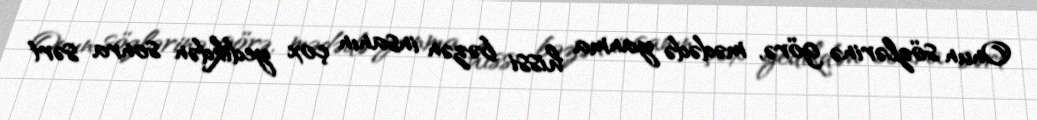
Onun sözlərinə görə, mədədə yanma hissi bəzən insanın çox yedikdən sonra sərt